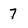
Character: 7